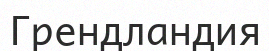
Грендландия